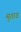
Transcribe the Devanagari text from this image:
मुताव